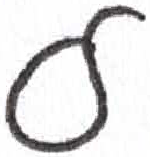
אות: ל